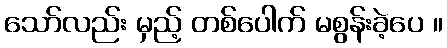
သော်လည်း မှည့် တစ်ပေါက် မစွန်းခဲ့ပေ ။